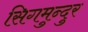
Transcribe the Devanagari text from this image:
सिगमुन्दुर